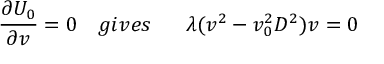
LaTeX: \frac { \partial U _ { 0 } } { \partial v } = 0 \ \ \ g i v e s \ \ \ \ \ \lambda ( v ^ { 2 } - v _ { 0 } ^ { 2 } D ^ { 2 } ) v = 0